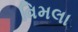
વિમલા